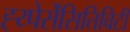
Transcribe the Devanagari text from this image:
ह्य्पेर्सेंसितिविटी